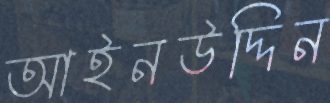
আইনউদ্দিন